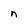
Character: n